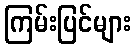
ကြမ်းပြင်များ